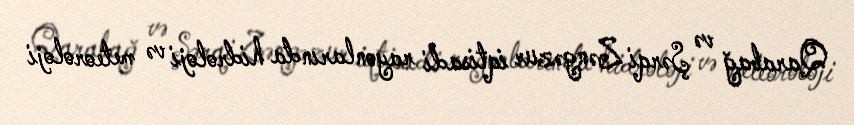
Qarabağ və Şərqi Zəngəzur iqtisadi rayonlarında hidroloji və meteoroloji